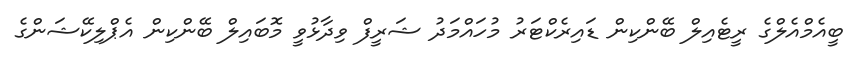
ބީއެމްއެލްގެ ރީޓެއިލް ބޭންކިން ޑައިރެކްޓަރު މުހައްމަދު ޝަރީފް ވިދާޅުވީ މޮބައިލް ބޭންކިން އެޕްލިކޭޝަންގެ